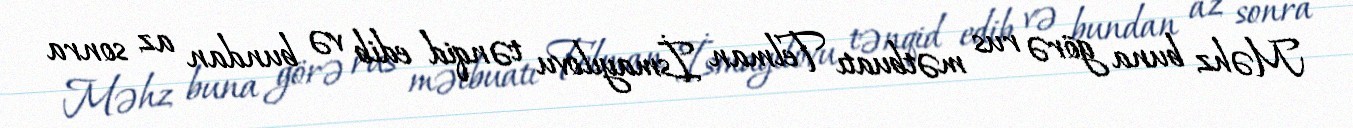
Məhz buna görə rus mətbuatı Telman İsmayılovu tənqid edib və bundan az sonra